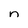
Character: n